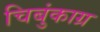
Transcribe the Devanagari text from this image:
चिबुंकाग्र